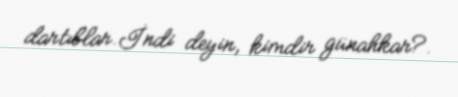
dartıblar.İndi deyin, kimdir günahkar?.